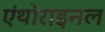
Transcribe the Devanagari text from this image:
एंथोराइनल